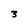
Character: 3